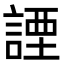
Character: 諲